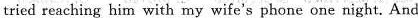
tried reaching him with my wife's phone one night. And